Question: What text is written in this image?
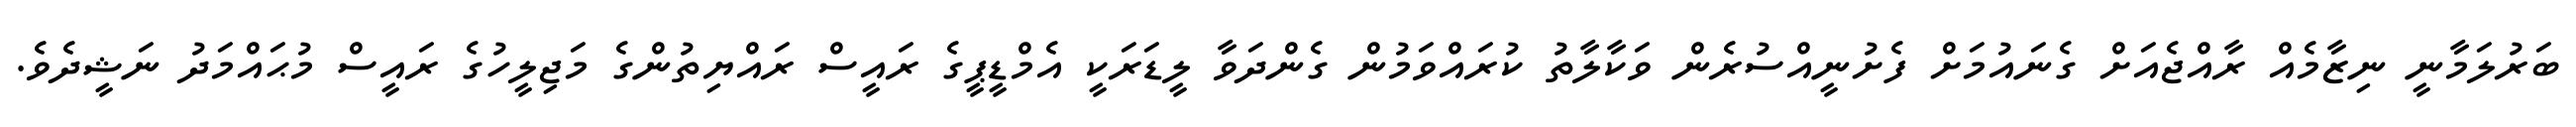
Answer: ބަރުލަމާނީ ނިޒާމެއް ރާއްޖެއަށް ގެނައުމަށް ފެށުނީއްސުރެން ވަކާލާތު ކުރައްވަމުން ގެންދަވާ ލީޑަރަކީ އެމްޑީޕީގެ ރައީސް ރައްޔިތުންގެ މަޖިލީހުގެ ރައީސް މުޙައްމަދު ނަޝީދެވެ.